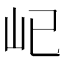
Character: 𡴾